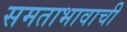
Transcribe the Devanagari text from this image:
समताभावाची